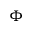
\Phi